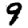
Digit: 9